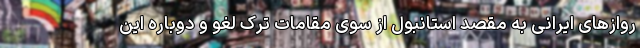
روازهای ایرانی به مقصد استانبول از سوی مقامات ترک لغو و دوباره این